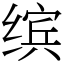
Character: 缤